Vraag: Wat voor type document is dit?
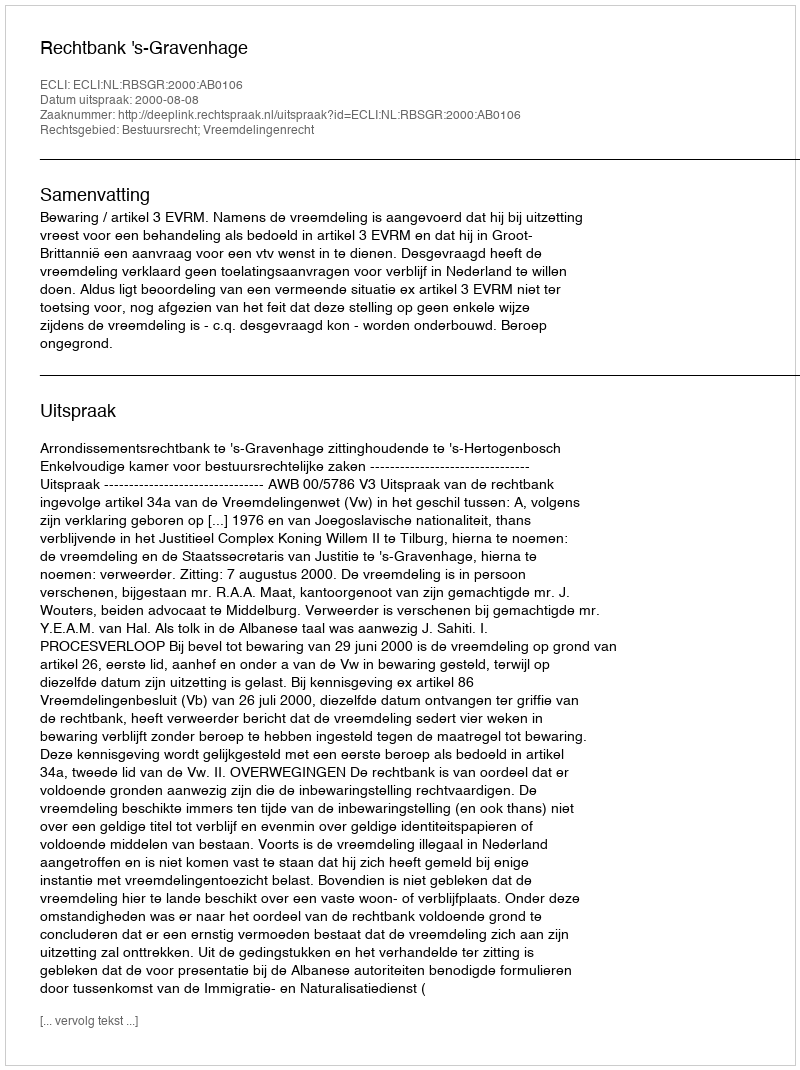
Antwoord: Uitspraak